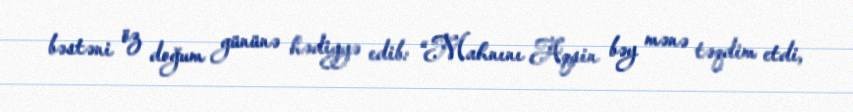
bəstəni öz doğum gününə hədiyyə edib: “Mahnını Aqşin bəy mənə təqdim etdi,